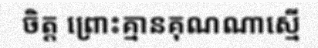
ចិត្ត ព្រោះគ្មានគុណណាស្មើ